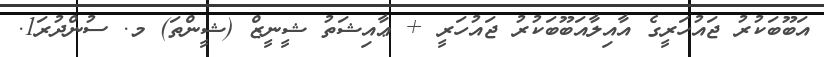
އަބޫބަކުރު ޖައުހަރީގެ އާއިލާއަބޫބަކުރު ޖައުހަރީ + ޢާއިޝަތު ޝީނީޒް (ޝީންތަ) މ. ސުންދުރަ1.